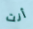
أنت